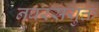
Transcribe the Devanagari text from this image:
नवरसयुक्त